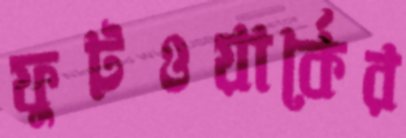
ফুটওয়ার্কের